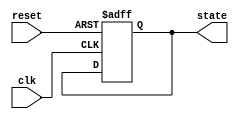
module StateInitialization #(
    parameter STATE_WIDTH = 2,  // Define the width of the state
    parameter INIT_STATE = 2'b00 // Define the initial state (e.g., S0)
)(
    input wire clk,                // Clock signal
    input wire reset,              // Reset signal (active high)
    output reg [STATE_WIDTH-1:0] state // State output
);

    // State initialization logic
    always @(posedge clk or posedge reset) begin
        if (reset) begin
            // Asynchronous reset: set to initial state
            state <= INIT_STATE;
        end else begin
            // State transition logic (example)
            // Implement your state transition logic here
            // For example, transition to the next state based on some conditions
            // This is a placeholder for state transitions
            // state <= next_state; // Uncomment and implement your state transition logic
        end
    end

endmodule